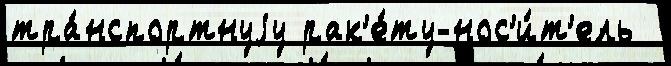
тра́нспортнуjу рак'е́ту-нос'и́т'ель